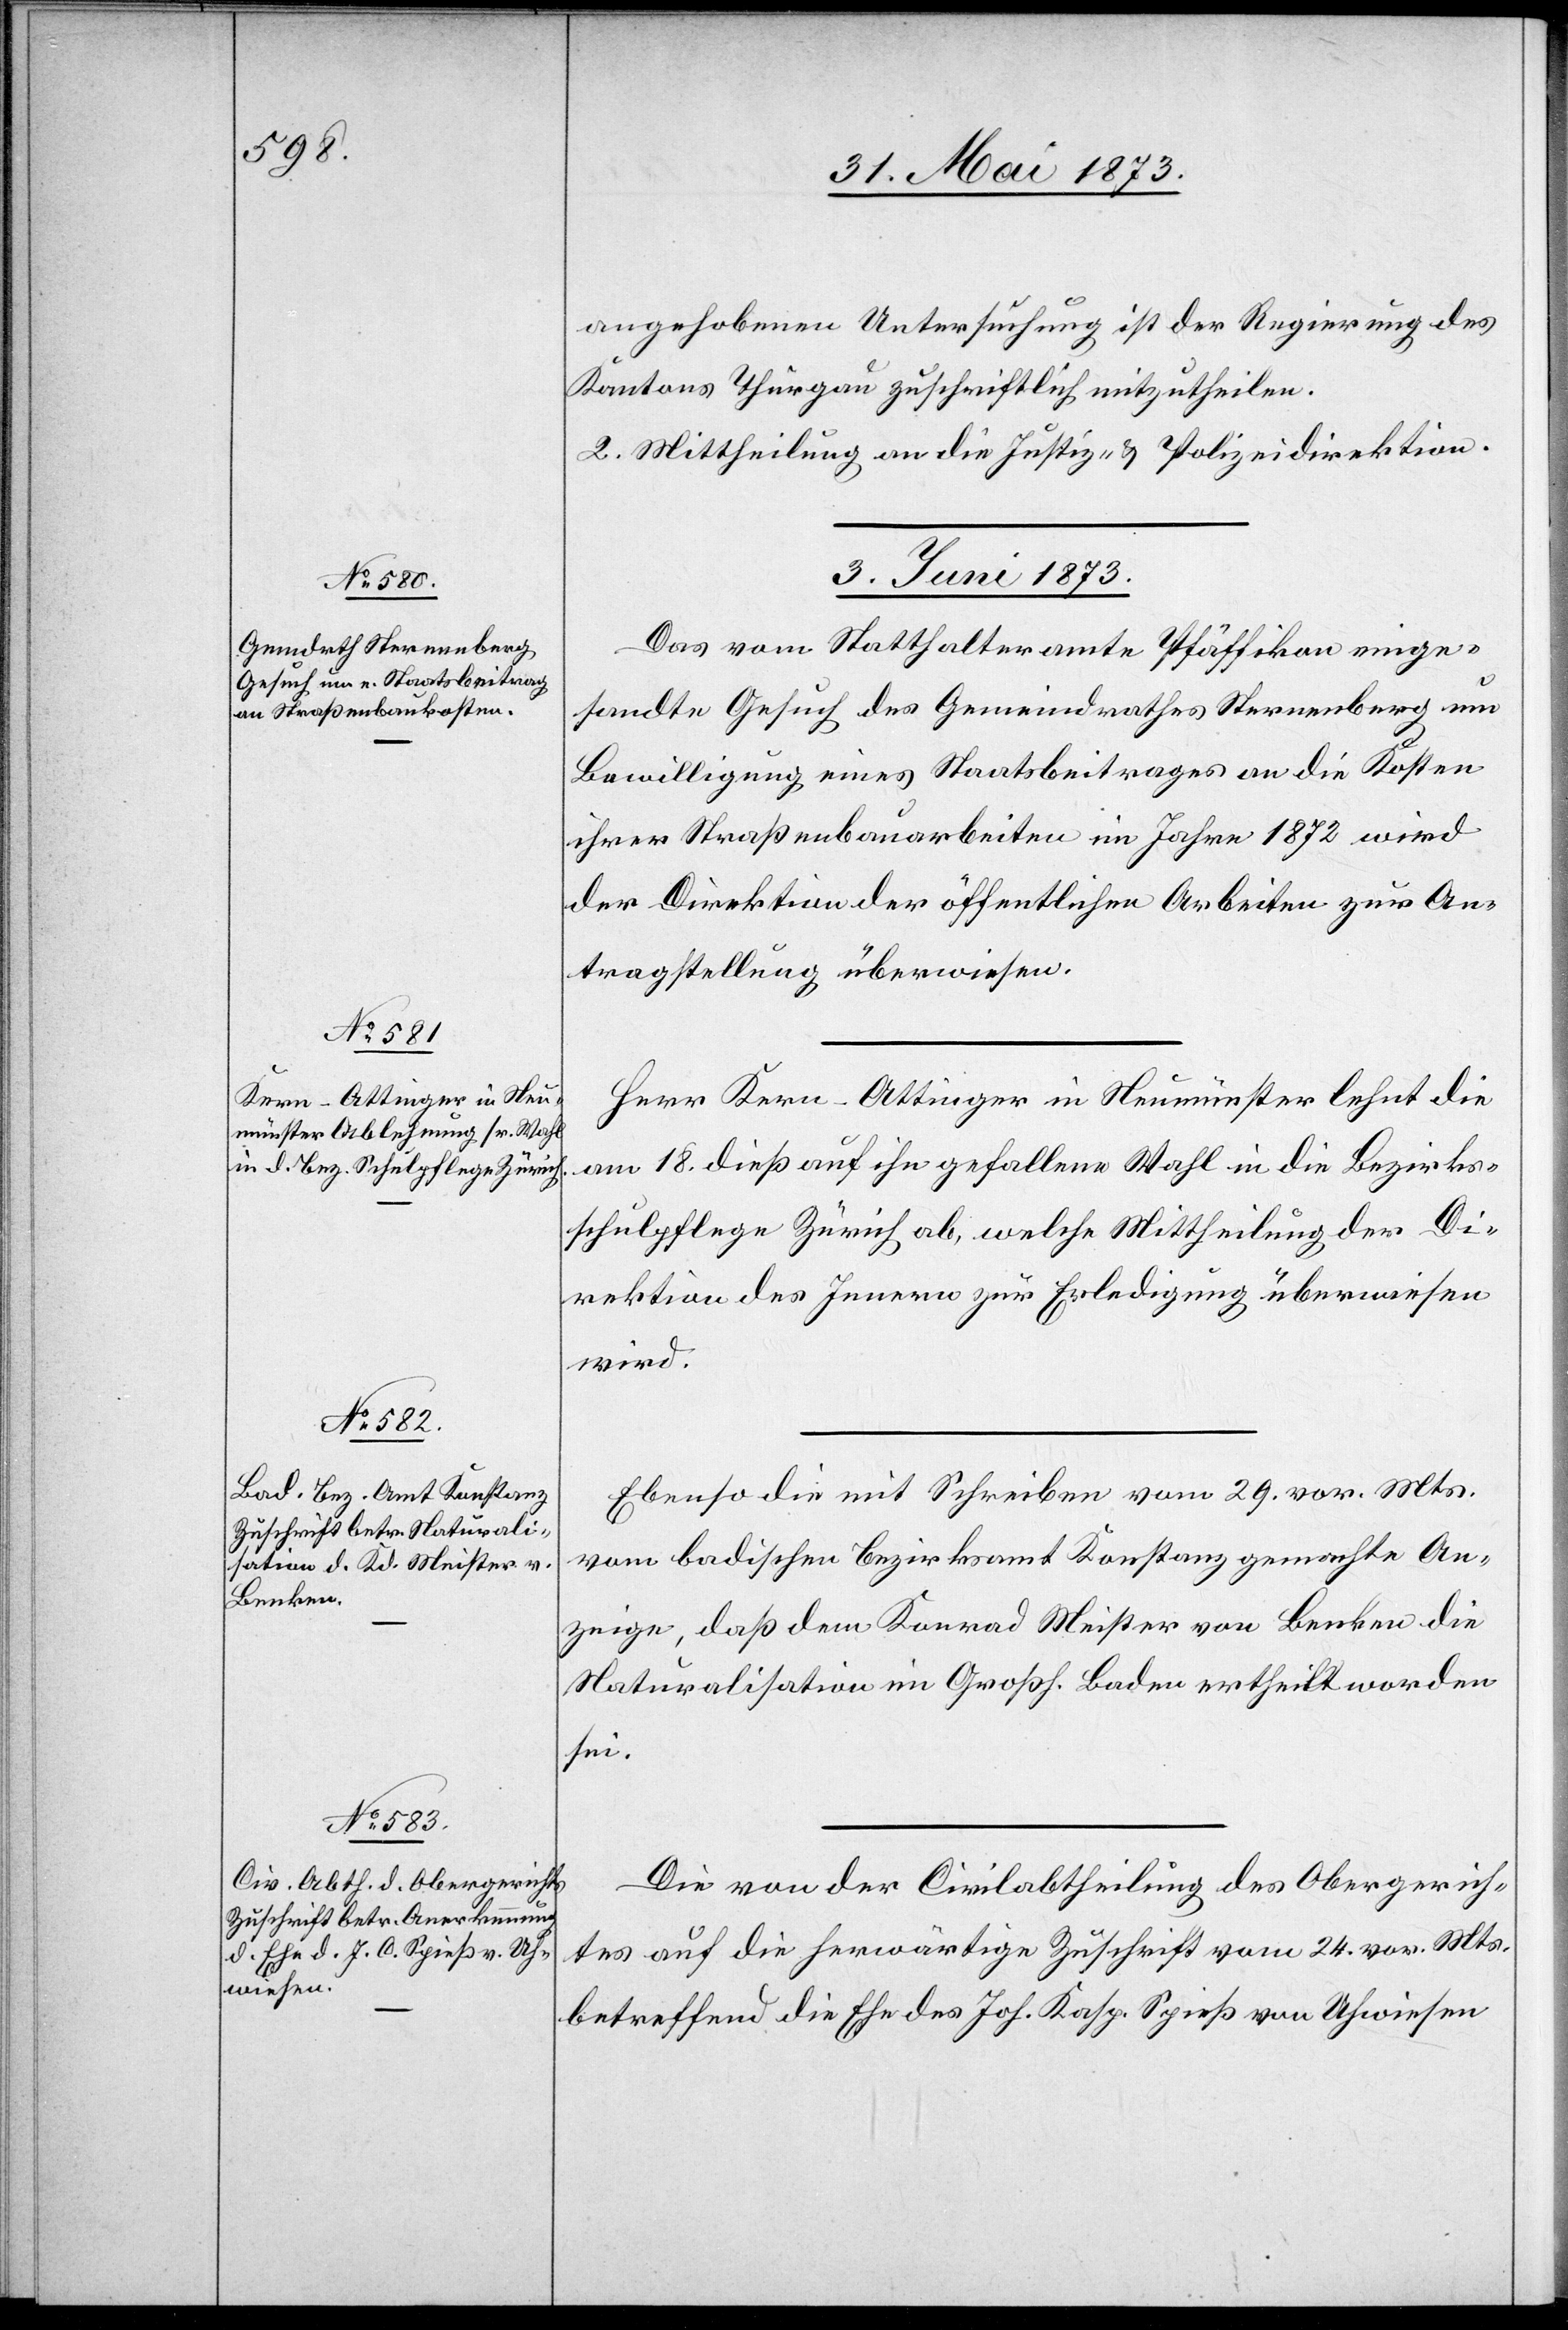
angehobenen Untersuchung ist der Regierung des
Kantons Thurgau zuschriftlich mitzutheilen.
2. Mittheilung an die Justiz- & Polizeidirektion.
3. Juni 1873]
Das vom Statthalteramte Pfäffikon einge¬
sandte Gesuch des Gemeindrathes Sternenberg um
Bewilligung eines Staatsbeitrages an die Kosten
ihrer Straßenbauarbeiten im Jahre 1872 wird
der Direktion der öffentlichen Arbeiten zur An¬
tragstellung überwiesen.
Herr Kern-Attinger in Neumünster lehnt die
am 18. dieß auf ihn gefallene Wahl in die Bezirks¬
schulpflege Zürich ab, welche Mittheilung der Di¬
rektion des Innern zur Erledigung überwiesen
wird.
Ebenso die mit Schreiben vom 29. vor. Mts.
vom badischen Bezirksamt Konstanz gemachte An¬
zeige, daß dem Konrad Meister von Benken die
Naturalisation im Großh. Baden ertheilt worden
sei.
Die von der Civilabtheilung des Obergerich¬
tes auf die herwärtige Zuschrift vom 24. vor. Mts.
betreffend die Ehe des Joh. Kasp. Spieß von Uhwiesen